Annual administration report of the Civil Veterinary Department of India - 1894-1895
Year: 1894
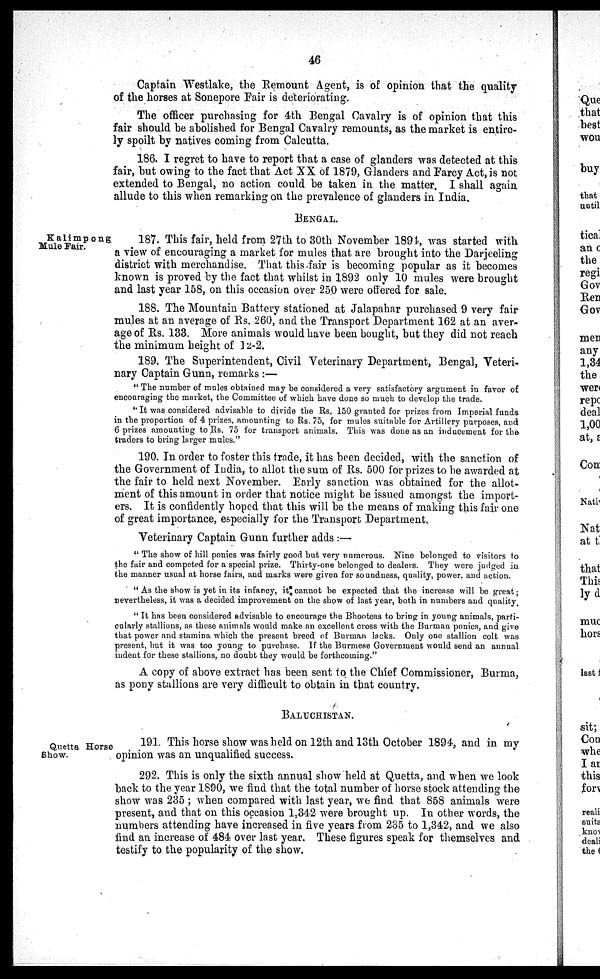
46
Captain Westlake, the Remount Agent, is of opinion that the quality
of the horses at Sonepore Fair is deteriorating.
The officer purchasing for 4th Bengal Cavalry is of opinion that this
fair should be abolished for Bengal Cavalry remounts, as the market is entire-
ly spoilt by natives coming from Calcutta.
186. I regret to have to report that a case of glanders was detected at this
fair, but owing to the fact that Act XX of 1879, Glanders and Farcy Act, is not
extended to Bengal, no action could be taken in the matter. I shall again
allude to this when remarking on the prevalence of glanders in India.
BENGAL.
Kalimpong
Mule Fair.
187. This fair, held from 27th to 30th November 1894, was started with
a view of encouraging a market for mules that are brought into the Darjeeling
district with merchandise. That this fair is becoming popular as it becomes
known is proved by the fact that whilst in 1892 only 10 mules were brought
and last year 158, on this occasion over 250 were offered for sale.
188. The Mountain Battery stationed at Jalapahar purchased 9 very fair
mules at an average of Rs. 260, and the Transport Department 162 at an aver-
age of Rs. 133. More animals would have been bought, but they did not reach
the minimum height of 12-2.
189. The Superintendent, Civil Veterinary Department, Bengal, Veteri-
nary Captain Gunn, remarks :—
" The number of mules obtained may be considered a very satisfactory argument in favor of
encouraging the market, the Committee of which have done so much to develop the trade.
" It was considered advisable to divide the Rs. 150 granted for prizes from Imperial funds
in the proportion of 4 prizes, amounting to Rs. 75, for mules suitable for Artillery purposes, and
6 prizes amounting to Rs. 75 for transport animals. This was done as an inducement for the
traders to bring larger mules."
190. In order to foster this trade, it has been decided, with the sanction of
the Government of India, to allot the sum of Rs. 500 for prizes to be awarded at
the fair to held next November. Early sanction was obtained for the allot-
ment of this amount in order that notice might be issued amongst the import-
ers. It is confidently hoped that this will be the means of making this fair one
of great importance, especially for the Transport Department.
Veterinary Captain Gunn further adds :—
" The show of hill ponies was fairly good but very numerous. Nine belonged to visitors to
the fair and competed for a special prize. Thirty-one belonged to dealers. They were judged in
the manner usual at horse fairs, and marks were given for soundness, quality, power, and action.
" As the show is yet in its infancy, it cannot be expected that the increase will be great;
nevertheless, it was a decided improvement on the show of last year, both in numbers and quality.
" It has been considered advisable to encourage the Bhooteas to bring in young animals, parti-
cularly stallions, as these animals would make an excellent cross with the Burman ponies, and give
that power and stamina which the present breed of Burman lacks. Only one stallion colt was
present, but it was too young to purchase. If the Burmese Government would send an annual
indent for these stallions, no doubt they would be forthcoming."
A copy of above extract has been sent to the Chief Commissioner, Burma,
as pony stallions are very difficult to obtain in that country.
BALUCHISTAN.
Quetta Horse
Show.
191. This horse show was held on 12th and 13th October 1894, and in my
opinion was an unqualified success.
292. This is only the sixth annual show held at Quetta, and when we look
back to the year 1890, we find that the total number of horse stock attending the
show was 235 ; when compared with last year, we find that 858 animals were
present, and that on this occasion 1,342 were brought up. In other words, the
numbers attending have increased in five years from 235 to 1,342, and we also
find an increase of 484 over last year. These figures speak for themselves and
testify to the popularity of the show.